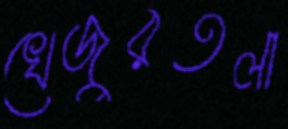
খেজুরতলা